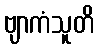
ဗျာကံသူတိ